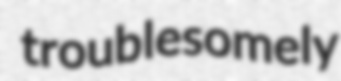
troublesomely